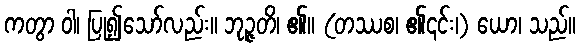
ကတွာ ဝါ၊ ပြု၍သော်လည်း။ ဘုဉ္ဇတိ၊ ၏။ (တဿစ၊ ၏၎င်း၊) ယော၊ သည်။